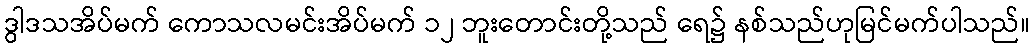
ဒွါဒသအိပ်မက် ကောသလမင်းအိပ်မက် ၁၂ ဘူးတောင်းတို့သည် ရေ၌ နစ်သည်ဟုမြင်မက်ပါသည်။